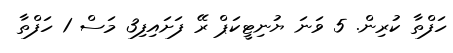
ހަފްތާ ކުރިން. 5 ވަނަ ޔުނިޓީކަޕް ރޭ ފަށައިފި3 މަސް 1 ހަފްތާ